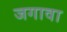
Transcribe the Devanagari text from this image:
जगावा